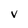
Character: V